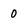
Character: 0